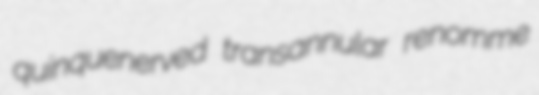
quinquenerved transannular renomme